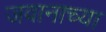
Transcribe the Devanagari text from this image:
जवानाच्या